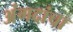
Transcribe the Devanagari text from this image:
अंगदांचा